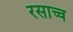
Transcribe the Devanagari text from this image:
रसाच्च